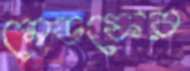
মেডফের